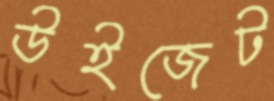
উইজেট